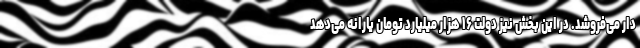
دار می‌فروشد. در این بخش نیز دولت ۱۶ هزار میلیارد تومان یارانه می‌دهد